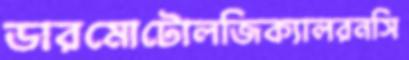
ডারমোটোলজিক্যালরনসি